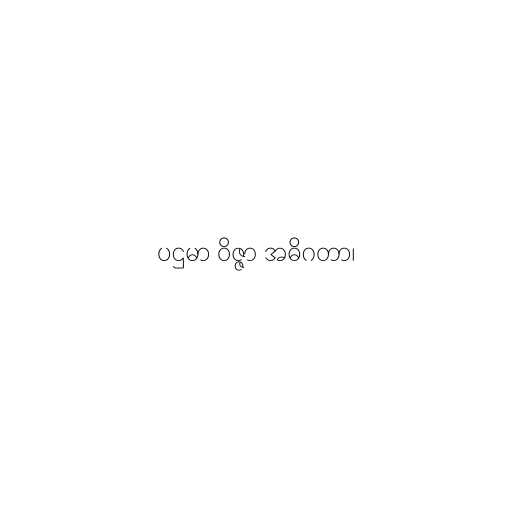
ပဌမာ ဝိဇ္ဇာ အဓိဂတာ၊